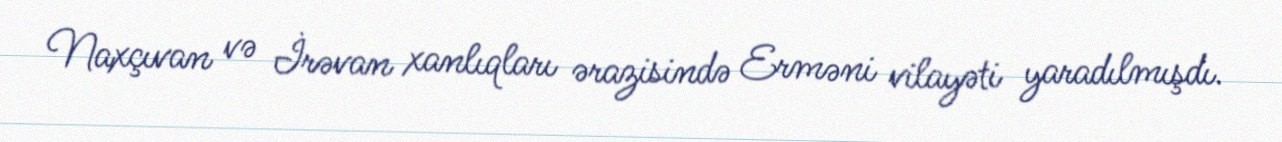
Naxçıvan və İrəvan xanlıqları ərazisində Erməni vilayəti yaradılmışdı.